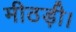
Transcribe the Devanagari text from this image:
मीठड़ी।